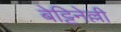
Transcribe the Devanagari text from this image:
बेट्टिनेल्ली